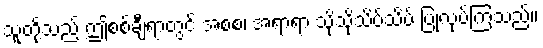
သူတို့သည် ဤစစ်ချီရာတွင် အစစ၊ အရာရာ သိုသိုသိပ်သိပ် ပြုလုပ်ကြသည်။